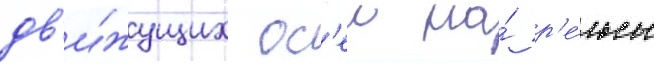
дв'и́жущих ос'еи на́ р'е́льсы